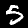
Label: 5